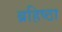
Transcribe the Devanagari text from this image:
ब्रहिष्ठा